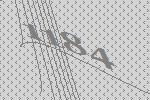
1184